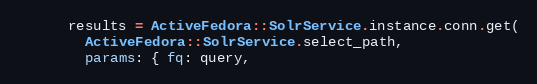
Language: Ruby
      results = ActiveFedora::SolrService.instance.conn.get(
        ActiveFedora::SolrService.select_path,
        params: { fq: query,